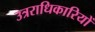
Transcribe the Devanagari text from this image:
उत्रराधिकारियों